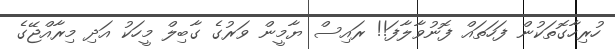
ހުރިހާގޮތަކުން ފަހަތަައް ފޮނުވާލާފަ!! ރައިސް ޔާމީން ވަރުގެ ގާބިލް މީހަކު އަދި މިރާއްޖޭގެ